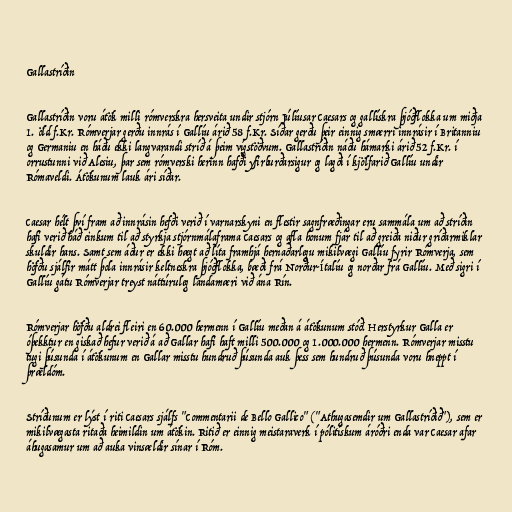
Gallastríðin

Gallastríðin voru átök milli rómverskra hersveita undir stjórn Júlíusar Caesars og gallískra þjóðflokka um miðja
1. öld f.Kr. Rómverjar gerðu innrás í Gallíu árið 58 f.Kr. Síðar gerðu þeir einnig smærri innrásir í Britanniu
og Germaniu en háðu ekki langvarandi stríð á þeim vígstöðvum. Gallastríðin náðu hámarki árið 52 f.Kr. í
orrustunni við Alesiu, þar sem rómverski herinn hafði yfirburðarsigur og lagði í kjölfarið Gallíu undir
Rómaveldi. Átökunum lauk ári síðar.

Caesar hélt því fram að innrásin hefði verið í varnarskyni en flestir sagnfræðingar eru sammála um að stríðin
hafi verið háð einkum til að styrkja stjórnmálaframa Caesars og afla honum fjár til að greiða niður gríðarmiklar
skuldir hans. Samt sem áður er ekki hægt að líta framhjá hernaðarlegu mikilvægi Gallíu fyrir Rómverja, sem
höfðu sjálfir mátt þola innrásir keltneskra þjóðflokka, bæði frá Norður-Ítalíu og norðar frá Gallíu. Með sigri í
Gallíu gátu Rómverjar treyst náttúruleg landamæri við ána Rín.

Rómverjar höfðu aldrei fleiri en 60.000 hermenn í Gallíu meðan á átökunum stóð. Herstyrkur Galla er
óþekktur en giskað hefur verið á að Gallar hafi haft milli 500.000 og 1.000.000 hermenn. Rómverjar misstu
tugi þúsunda í átökunum en Gallar misstu hundruð þúsunda auk þess sem hundruð þúsunda voru hneppt í
þrældóm.

Stríðunum er lýst í riti Caesars sjálfs "Commentarii de Bello Gallico" ("Athugasemdir um Gallastríðið"), sem er
mikilvægasta ritaða heimildin um átökin. Ritið er einnig meistaraverk í pólitískum áróðri enda var Caesar afar
áhugasamur um að auka vinsældir sínar í Róm.